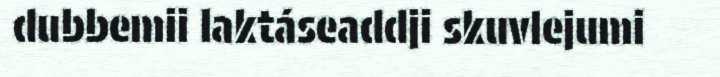
dubbemii laktáseaddji skuvlejumi